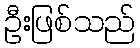
ဦးဖြစ်သည်